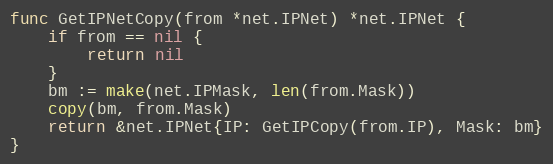
Language: Go
func GetIPNetCopy(from *net.IPNet) *net.IPNet {
	if from == nil {
		return nil
	}
	bm := make(net.IPMask, len(from.Mask))
	copy(bm, from.Mask)
	return &net.IPNet{IP: GetIPCopy(from.IP), Mask: bm}
}